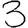
Digit: 3